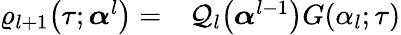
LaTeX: \begin{array}{rl}{\varrho_{l+1}\big(\tau;\boldsymbol{\alpha}^{l}\big)=}&{{}\mathcal{Q}_{l}\big(\boldsymbol{\alpha}^{l-1}\big)G(\alpha_{l};\tau)}\end{array}